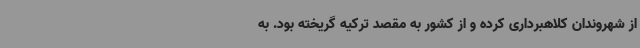
از شهروندان کلاهبرداری کرده و از کشور به مقصد ترکیه گریخته بود. به